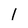
Character: 1